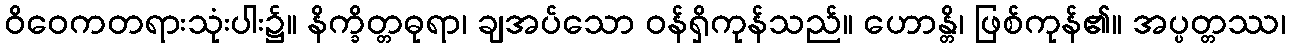
ဝိဝေကတရားသုံးပါး၌။ နိက္ခိတ္တဓုရာ၊ ချအပ်သော ဝန်ရှိကုန်သည်။ ဟောန္တိ၊ ဖြစ်ကုန်၏။ အပ္ပတ္တဿ၊